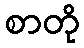
စာတို